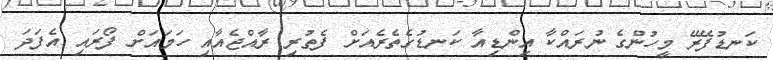
ކަނޑުފޭރޭ މީހުންގެ ނުރައްކާ އިންޑިއާ ކަނޑުގެތެރެއަށް ފެތުރި ރާއްޖެއާއި ހަމައަށް ފޯރައި އެފަދަ